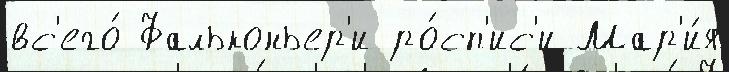
вс'его́ Фальконьер'и ро́сп'ис'и Мар'и́я